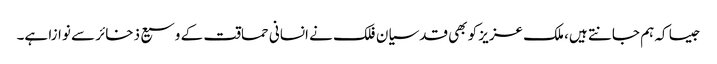
جیسا کہ ہم جانتے ہیں، ملک عزیز کو بھی قدسیان فلک نے انسانی حماقت کے وسیع ذخائر سے نوازا ہے۔